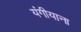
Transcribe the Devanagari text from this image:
यंगीयाना